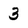
Character: 3